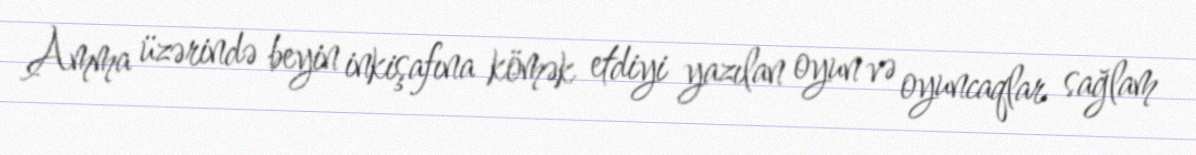
Amma üzərində beyin inkişafına kömək etdiyi yazılan oyun və oyuncaqlar sağlam